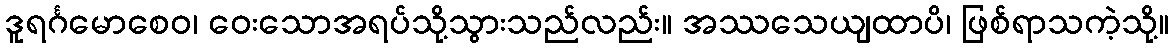
ဒူရင်္ဂမောစေဝ၊ ဝေးသောအရပ်သို့သွားသည်လည်း။ အဿသေယျထာပိ၊ ဖြစ်ရာသကဲ့သို့။